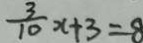
\frac { 3 } { 1 0 } x + 3 = 8